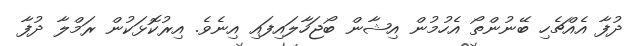
ދުފާ އެއްޗެހި ބޭނުންތޯ އެހުމުން އިޝާން ބޯޖަހާލައިފައި އިނެވެ. އިރުކޮޅަކުން ރަމްލާ ދުފާ